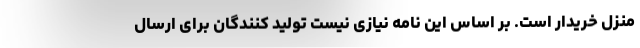
منزل خریدار است. بر اساس این نامه نیازی نیست تولید کنندگان برای ارسال